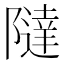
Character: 𱀷